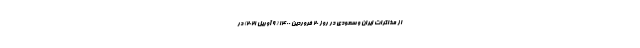
از مذاکرات ایران و سعودی در روز 20 فروردین 1400 ( 9 آوریل 2021) در